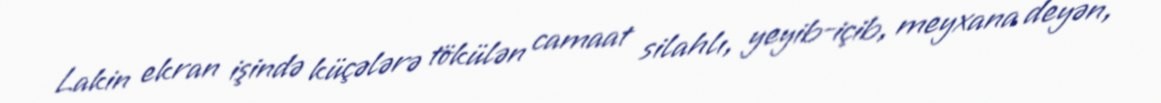
Lakin ekran işində küçələrə tökülən camaat silahlı, yeyib-içib, meyxana deyən,